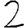
Digit: 2